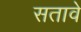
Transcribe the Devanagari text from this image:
सतावे